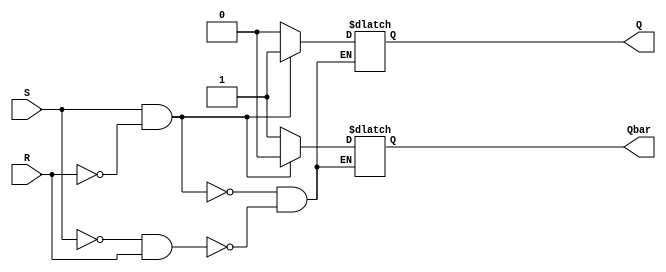
module async_sr_ff (
    input S,
    input R,
    output reg Q,
    output reg Qbar
);

always @ (S or R)
begin
    if (S && !R)
    begin
        Q <= 1;
        Qbar <= 0;
    end
    else if (!S && R)
    begin
        Q <= 0;
        Qbar <= 1;
    end
    // If both S and R are low, hold the state
end

endmodule